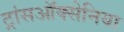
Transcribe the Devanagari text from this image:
ट्रांसऑक्सेनिया